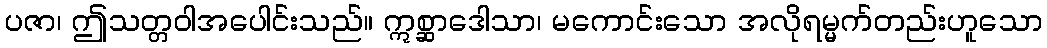
ပဇာ၊ ဤသတ္တဝါအပေါင်းသည်။ ဣစ္ဆာဒေါသာ၊ မကောင်းသော အလိုရမ္မက်တည်းဟူသော